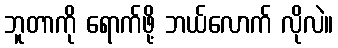
ဘူတာကို ရောက်ဖို့ ဘယ်လောက် လိုလဲ။